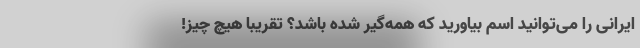
ایرانی را می‌توانید اسم بیاورید که همه‌گیر شده باشد؟ تقریبا هیچ چیز!